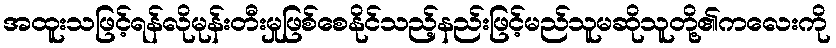
အထူးသဖြင့်ရန်လိုမုန်းတီးမှုဖြစ်စေနိုင်သည့်နည်းဖြင့်မည်သူမဆိုသူတို့၏ကလေးကို